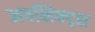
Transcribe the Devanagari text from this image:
अपशिफ्ट्स